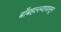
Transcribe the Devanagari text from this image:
बाँबहल्ल्यापासून